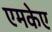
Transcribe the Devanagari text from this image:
एमकेए